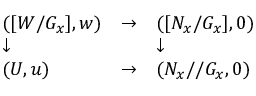
\begin{array} { l l l } { ( [ W / G _ { x } ] , w ) } & { \to } & { ( [ N _ { x } / G _ { x } ] , 0 ) } \\ { \downarrow } & { } & { \downarrow } \\ { ( U , u ) } & { \to } & { ( N _ { x } / / G _ { x } , 0 ) } \end{array}